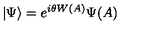
| \Psi \rangle = e ^ { i \theta W ( A ) } \Psi ( A )